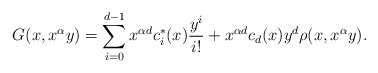
\begin{align*}G(x,x^\alpha y)= \sum_{i=0}^{d-1}x^{\alpha d}c_i^*(x) \frac{ y^{i}}{i!}+x^{\alpha d}c_d(x)y^{d}\rho(x,x^{\alpha} y).\end{align*}